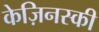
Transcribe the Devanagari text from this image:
केज़िनस्की